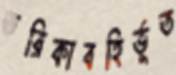
তরিকাবহির্ভূত